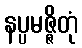
နပ္ပမဇ္ဇိတုံ